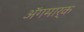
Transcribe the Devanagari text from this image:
अॅगमार्क